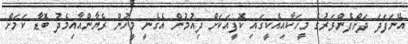
އޭނަފަދަ ދަށްފެންވަރުގެ މީހަކާއިއެކީގައި ކޮފީއަކަށް ދިއުމުން އެގެނީ މީހުން ރެޔާންއާއިމެދު ބޮޑާ ކަމަށް